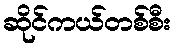
ဆိုင်ကယ်တစ်စီး